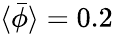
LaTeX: \langle\bar{\phi}\rangle=0.2